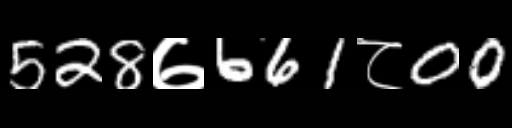
Text: 528७661८00